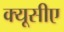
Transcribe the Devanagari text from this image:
क्यूसीए